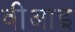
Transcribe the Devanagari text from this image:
वीआइ